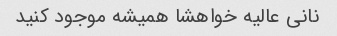
نانی عالیه خواهشا همیشه موجود کنید